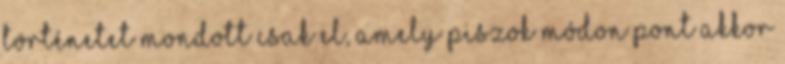
történetet mondott csak el, amely piszok módon pont akkor